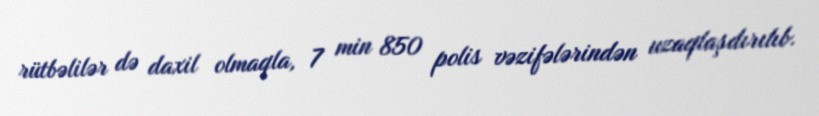
rütbəlilər də daxil olmaqla, 7 min 850 polis vəzifələrindən uzaqlaşdırılıb.